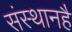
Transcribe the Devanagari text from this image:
संस्थानहै